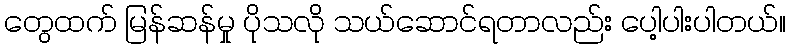
တွေထက် မြန်ဆန်မှု ပိုသလို သယ်ဆောင်ရတာလည်း ပေါ့ပါးပါတယ်။